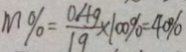
m \% = \frac { 0 . 4 g } { 1 g } \times 1 0 0 \% = 4 0 \%